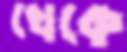
খেকে